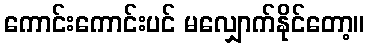
ကောင်းကောင်းပင် မလျှောက်နိုင်တော့။